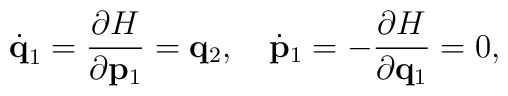
\dot{\bf q}_1={\partial H\over\partial{\bf p}_1}={\bf q}_2,\quad \dot{\bf p}_1=-{\partial H\over\partial{\bf q}_1}=0,